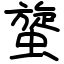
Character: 䗠